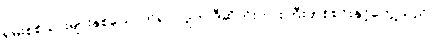
ရှမ်းစစ်သားများနှစ်ယောက်ရပ်လျက် ဒီဆိုတိုးကားကြီးတစ်စင်းနှင့်တွေ့သည်။